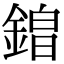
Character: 𮢡